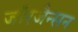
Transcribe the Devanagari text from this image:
जॉरजैन्सन